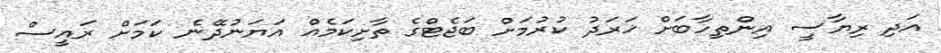
އަދި ރިޔާސީ އިންތިހާބަށް ޚަރަދު ކުރުމަށް ބަޖެޓްގެ ތާށިކަމެއް އަޔަނުދޭނެ ކަމަށް ރައީސް